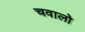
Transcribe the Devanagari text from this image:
चवालो